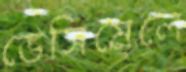
ডেসিমেলে